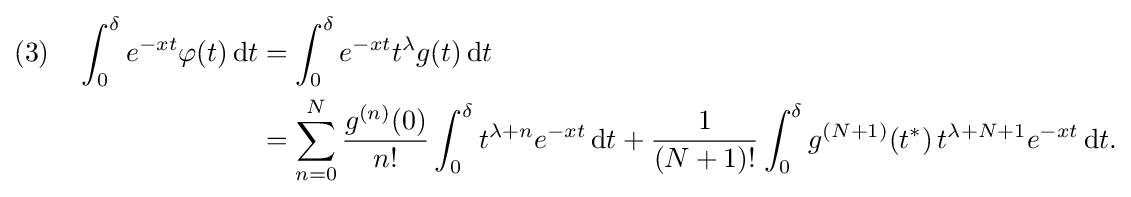
{\begin{aligned}(3)\quad \int _{0}^{\delta }e^{-xt}\varphi (t)\,\mathrm {d} t&=\int _{0}^{\delta }e^{-xt}t^{\lambda }g(t)\,\mathrm {d} t\\&=\sum _{n=0}^{N}{\frac {g^{(n)}(0)}{n!}}\int _{0}^{\delta }t^{\lambda +n}e^{-xt}\,\mathrm {d} t+{\frac {1}{(N+1)!}}\int _{0}^{\delta }g^{(N+1)}(t^{*})\,t^{\lambda +N+1}e^{-xt}\,\mathrm {d} t.\end{aligned}}